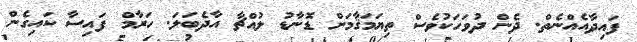
ފައިދާއެއްނެތް. ދެން ދުވަހަކުވެސް ތިޔަމަޤާމަށް ޑޮނާޑު ލުއްޗާ އާދެބަލަ. ހަރާމް ފައިސާ ކައިގެން